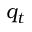
q _ { t }